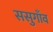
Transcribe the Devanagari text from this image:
ससुगाँव